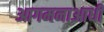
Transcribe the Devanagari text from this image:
आगमनाआधी